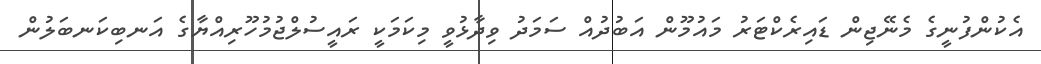
އެކުންފުނީގެ މެނޭޖިން ޑައިރެކްޓަރު މައުމޫން އަބުދުއް ސަމަދު ވިދާޅުވީ މިކަމަކީ ރައީސުލްޖުމުހޫރިއްޔާގެ އަނބިކަނބަލުން